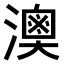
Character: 𤀈